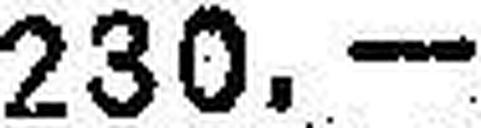
230.—